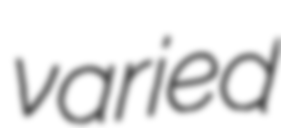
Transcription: varied